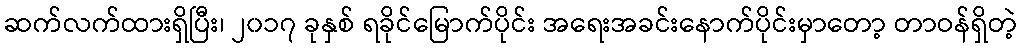
ဆက်လက်ထားရှိပြီး၊ ၂၀၁၇ ခုနှစ် ရခိုင်မြောက်ပိုင်း အရေးအခင်းနောက်ပိုင်းမှာတော့ တာဝန်ရှိတဲ့